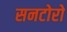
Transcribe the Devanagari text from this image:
सनटोरो